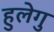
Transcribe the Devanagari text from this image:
हुलेगु